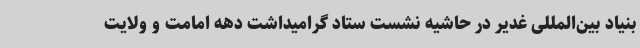
بنیاد بین‌المللی غدیر در حاشیه نشست ستاد گرامیداشت دهه امامت و ولایت